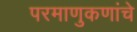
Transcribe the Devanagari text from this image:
परमाणुकणांचे